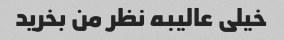
خیلی عالیبه نظر من بخرید